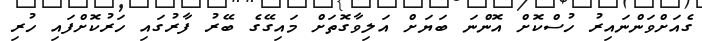
ގެއަށްވަންނައިރު ހުސްކޮށް އޮންނަ ބަޔަށް އަލިވާގޮތަށް މައިގޭގެ ބޭރު ފާރުގައި ހަރުކޮށްފައި ހުރި